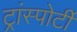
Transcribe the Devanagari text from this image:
ट्रांस्पोर्टी